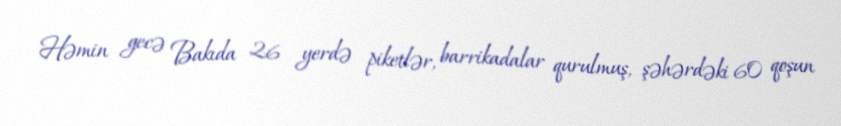
Həmin gecə Bakıda 26 yerdə piketlər, barrikadalar qurulmuş, şəhərdəki 60 qoşun